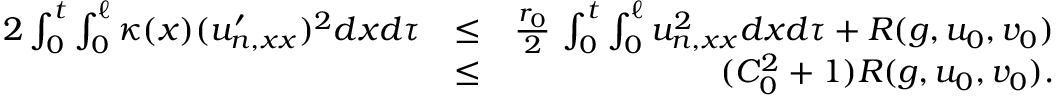
\begin{array} { r l r } { 2 \int _ { 0 } ^ { t } \int _ { 0 } ^ { \ell } \kappa ( x ) ( u _ { n , x x } ^ { \prime } ) ^ { 2 } d x d \tau } & { \le } & { \frac { r _ { 0 } } { 2 } \, \int _ { 0 } ^ { t } \int _ { 0 } ^ { \ell } u _ { n , x x } ^ { 2 } d x d \tau + R ( g , u _ { 0 } , v _ { 0 } ) } \\ & { \leq } & { ( C _ { 0 } ^ { 2 } + 1 ) R ( g , u _ { 0 } , v _ { 0 } ) . } \end{array}